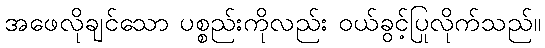
အဖေလိုချင်သော ပစ္စည်းကိုလည်း ဝယ်ခွင့်ပြုလိုက်သည်။